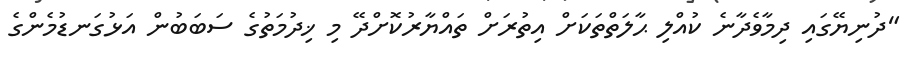
"ދުނިޔޭގައި ދިމާވެދާނެ ކުއްލި ޙާލަތްތަކަށް އިތުރަށް ތައްޔާރުކޮށްދޭ މި ޚިދުމަތުގެ ސަބަބުން އަޅުގަނޑުމެންގެ